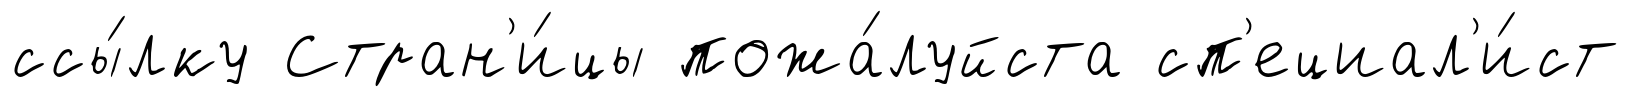
ссы́лку Стран'и́цы пожа́луйста сп'ециал'и́ст